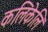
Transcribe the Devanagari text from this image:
कलिकेलि